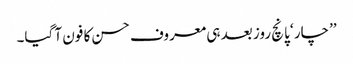
’’چار ‘ پانچ روز بعد ہی معروف حسن کا فون آ گیا۔